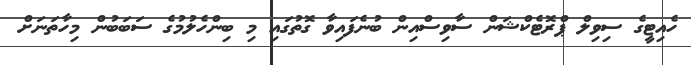
ހެއިޓީގެ ސިވިލް ޕްރޮޓެކްޝަން ސާވިސްއިން ބުނެފައިވާ ގޮތުގައި މި ބިންހެލުމުގެ ސަބަބުން މިހާތަނަށް